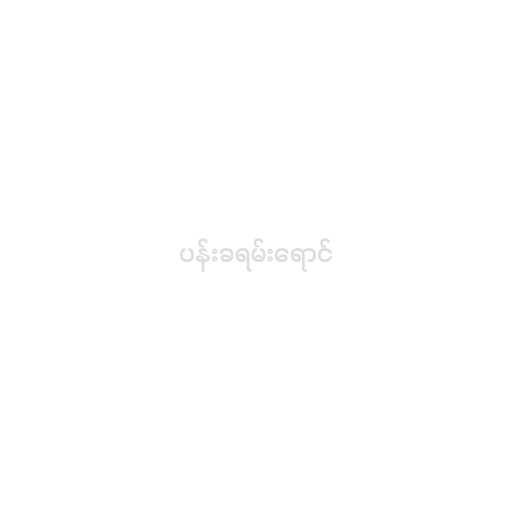
ပန်းခရမ်းရောင်